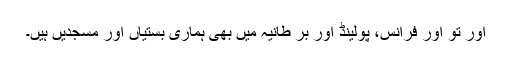
اور تو اور فرانس، پولینڈ اور بر طانیہ میں بھی ہماری بستیاں اور مسجدیں ہیں۔